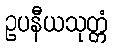
ဥပနီယသုတ္တံ